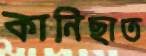
কানিছাত